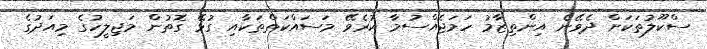
ސްކޫލުތަކަށް ދެވޭނެ އިންތިޒާމު ހަމަޖެއްސުމާ ކުރެވޭ މަސައްކަތްތަކާއި ގުޅޭ ގޮތުން މަޖިލީހުގެ މިއަދުގެ